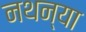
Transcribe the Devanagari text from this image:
नथन्या